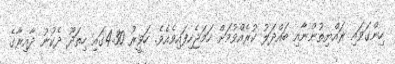
ހިންގަވައި ރައްޔިތުންނާއި ބައްދަލު ކުރެއްވުމަށް ހަމަޖެހިފައިވެއެވެ. ހަވީރު 4.30ގައި ހިތަދޫ ދެކުނު ދާއިރާގެ